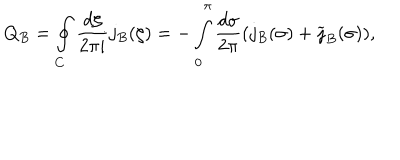
LaTeX: Q _ { B } = \oint _ { C } \frac { d \zeta } { 2 \pi i } j _ { B } ( \zeta ) = - \int _ { 0 } ^ { \pi } \frac { d \sigma } { 2 \pi } ( j _ { B } ( \sigma ) + \widetilde { \jmath } _ { B } ( \sigma ) ) ,